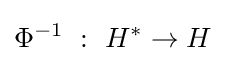
\Phi ^{-1}~:~H^{*}\to H